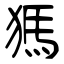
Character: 獁